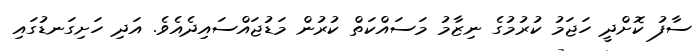
ސާފު ކޮށްދީ ހަޖަމު ކުރުމުގެ ނިޒާމު މަސައްކަތް ކުރުން މަޑުޖައްސައިދެއެވެ. އަދި ހަށިގަނޑުގައި